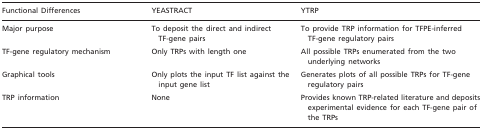
<table><thead><tr><td><b>Functional Differences</b></td><td><b>YEASTRACT</b></td><td><b>YTRP</b></td></tr></thead><tbody><tr><td>Major purpose</td><td>To deposit the direct and indirect TF-gene pairs</td><td>To provide TRP information for TFPE-inferred TF-gene regulatory pairs</td></tr><tr><td>TF-gene regulatory mechanism</td><td>Only TRPs with length one</td><td>All possible TRPs enumerated from the two underlying networks</td></tr><tr><td>Graphical tools</td><td>Only plots the input TF list against the input gene list</td><td>Generates plots of all possible TRPs for TF-gene regulatory pairs</td></tr><tr><td>TRP information</td><td>None</td><td>Provides known TRP-related literature and deposits experimental evidence for each TF-gene pair of the TRPs</td></tr></tbody></table>